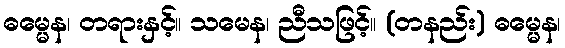
ဓမ္မေန၊ တရားနှင့်။ သမေန၊ ညီသဖြင့်။ (တနည်း) ဓမ္မေန၊